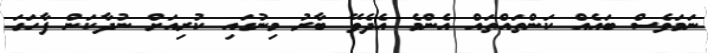
ނަމަވެސް ބައެއް ކަންތައްތައް އެންމެ އެދެވޭ ބާރު މިނުގައި ކުރިއަށް ނުދާކަން ފާހަގަ